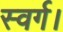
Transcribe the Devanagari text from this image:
स्वर्ग।